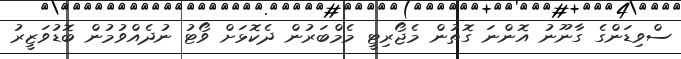
ސްވިޑަންގެ ގާނޫނު އޮންނަ ގޮތުން މެޖޯރިޓީ މެމްބަރުން ދެކޮޅަށް ވޯޓު ނުދެއްވުމުން ބޮޑުވަޒީރު